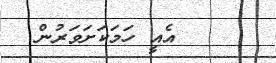
އެއީ ހަމަކަށަވަރުން